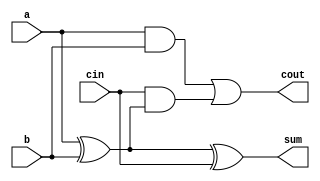
/*
 * Gate Level 1-Bit Full Adder
 * ---------------------------
 * By: Thomas Carpenter
 * For:  2-Bit by 3-Bit Multiplier in Gate-Level Verilog HDL
 *
 * This is a basic Full-Adder circuit built in Verilog using
 * built-in primitives. This is a basic example of Gate Level
 * design.
 *
 */

module Adder1Bit (
    // Declare input and output ports
    input  a,
    input  b,
    input  cin,
    output cout,
    output sum
);
    // Declare several single-bit wires that we can
    wire link1,link2,link3;

    // Instantiate gates to calculate sum output
    xor(link1,a,b);
    xor(sum,link1,cin);

    // Instantiate gates to calculate carry (cout) output
    and(link2,a,b);
    and(link3,cin,link1);
    or (cout,link2,link3);

endmodule